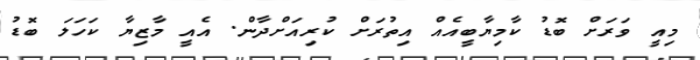
މިއީ ވަރަށް ބޮޑު ކާމިޔާބީއެއް އިތުރަށް ކުރިއަށްދާން. އެއީ މާޒިޔާ ކަހަލަ ބޮޑު